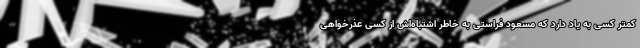
کمتر کسی به یاد دارد که مسعود فراستی به خاطر اشتباه‌اش از کسی عذرخواهی